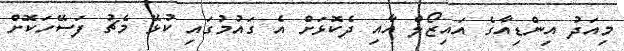
މިއަދު އިންޑިއާގެ އައިޒޯލް އާއި ދެކޮޅަށް އެ ގައުމުގައި ކުޅޭ މެޗު ފަސޭހަކޮށް